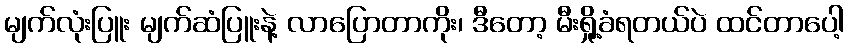
မျက်လုံးပြူး မျက်ဆံပြူးနဲ့ လာပြောတာကိုး၊ ဒီတော့ မီးရှို့ခံရတယ်ပဲ ထင်တာပေါ့